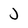
Character: J